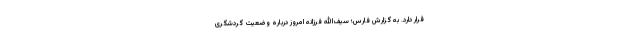
قرار دارد. به گزارش فارس؛ سیف‌الله فرزانه امروز درباره وضعیت گردشگری